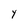
Character: Y